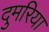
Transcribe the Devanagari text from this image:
दुमरिया